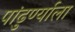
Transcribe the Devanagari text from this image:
पांढुर्ण्याला